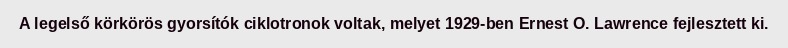
A legelső körkörös gyorsítók ciklotronok voltak, melyet 1929-ben Ernest O. Lawrence fejlesztett ki.